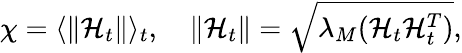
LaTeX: \begin{array}{r}{\chi=\langle\lVert\mathbf{\mathcal{H}}_{t}\rVert\rangle_{t},\quad\lVert\mathbf{\mathcal{H}}_{t}\rVert=\sqrt{\lambda_{M}(\mathbf{\mathcal{H}}_{t}\mathbf{\mathcal{H}}_{t}^{T})},}\end{array}